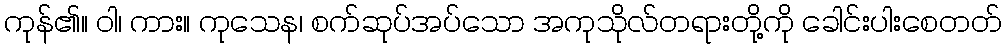
ကုန်၏။ ဝါ၊ ကား။ ကုသေန၊ စက်ဆုပ်အပ်သော အကုသိုလ်တရားတို့ကို ခေါင်းပါးစေတတ်